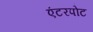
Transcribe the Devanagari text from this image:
एंटरपोट